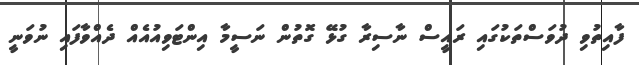
ފާއިތުވި ދުވަސްތަކުގައި ރައީސް ނާސިރާ ގުޅޭ ގޮތުން ނަސީމާ އިންޓަވިއުއެއް ދެއްވާފައި ނުވަނީ